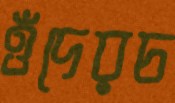
ওঁদেরচ